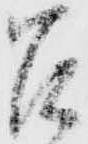
召